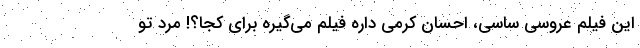
این فیلم عروسی ساسی، احسان کرمی داره فیلم می‌گیره برای کجا؟! مرد تو